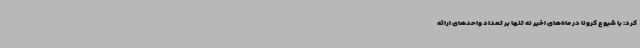
کرد: با شیوع کرونا در ماه‌های اخیر نه تنها بر تعداد واحدهای ارائه